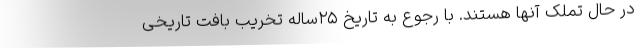
در حال تملک آنها هستند. با رجوع به تاریخ ۲۵ساله تخریب بافت تاریخی